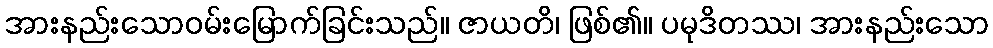
အားနည်းသောဝမ်းမြောက်ခြင်းသည်။ ဇာယတိ၊ ဖြစ်၏။ ပမုဒိတဿ၊ အားနည်းသော